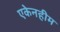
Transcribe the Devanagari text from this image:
एकेनहीम